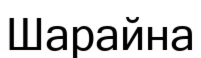
Шарайна